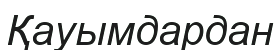
Қауымдардан